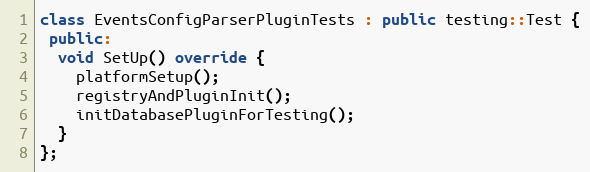
Language: C++
class EventsConfigParserPluginTests : public testing::Test {
 public:
  void SetUp() override {
    platformSetup();
    registryAndPluginInit();
    initDatabasePluginForTesting();
  }
};